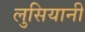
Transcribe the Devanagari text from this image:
लुसियानी